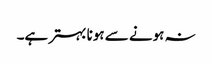
نہ ہونے سے ہونا بہتر ہے۔